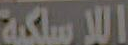
اللاسلكية